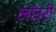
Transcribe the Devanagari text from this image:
लाॅउरी